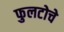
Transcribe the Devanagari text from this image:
फुलटोचे